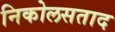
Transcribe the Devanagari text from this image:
निकोलसताद